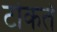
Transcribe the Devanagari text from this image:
टोकते